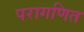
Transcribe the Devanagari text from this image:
परागणित